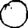
Digit: 0